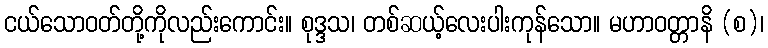
ငယ်သောဝတ်တို့ကိုလည်းကောင်း။ စုဒ္ဒသ၊ တစ်ဆယ့်လေးပါးကုန်သော။ မဟာဝတ္တာနိ (စ)၊